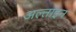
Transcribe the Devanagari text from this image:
अल्ताइन